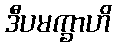
ဒီပမက္ခာဟိ